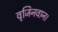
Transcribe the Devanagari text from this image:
वृजिनवान।